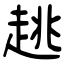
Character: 趒